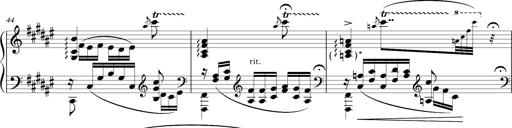
Title: Schlummerlied mit Arabesken
Composer: Franz Liszt
Key: F-sharp major